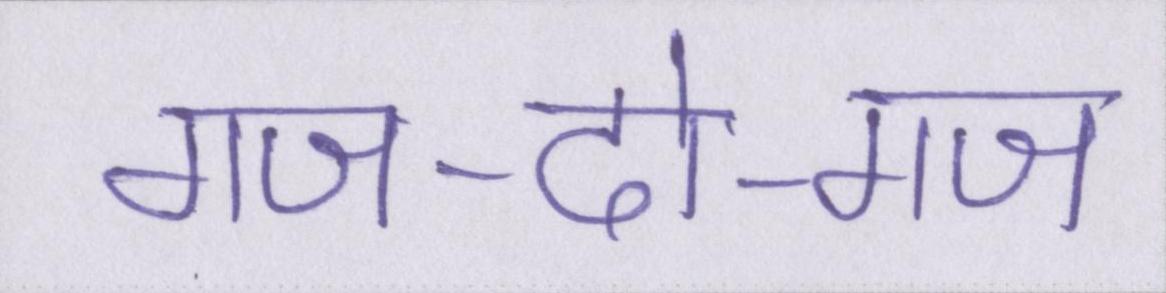
गज-दो-गज